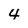
Character: 4